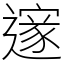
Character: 𮟏